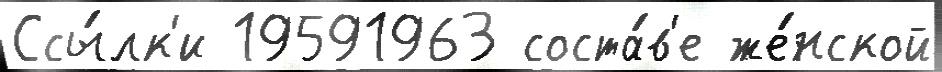
Ссы́лк'и 19591963 соста́в'е же́нской